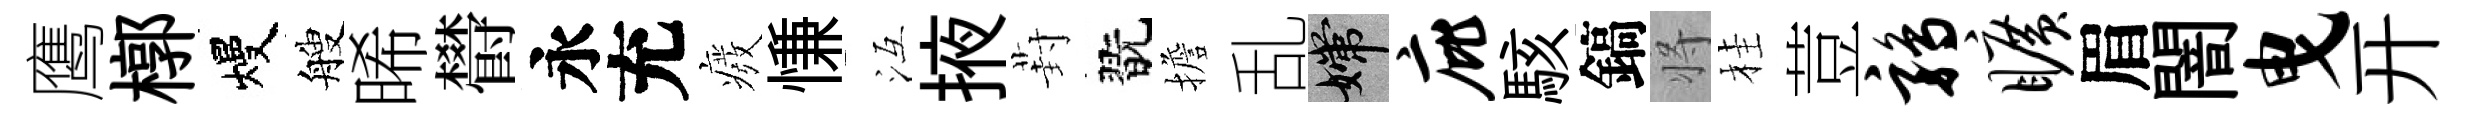
鹰槨熳艘晞欎永充癈慊冱掖葑翫擔乱嫦庇駭鎬将桂荳鹑旷眉闇曳开